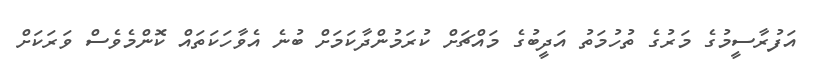
އަފުރާސީމުގެ މަރުގެ ތުހުމަތު އަދީބުގެ މައްޗަށް ކުރަމުންދާކަމަށް ބުނެ އެވާހަކަތައް ކޮންމެވެސް ވަރަކަށް